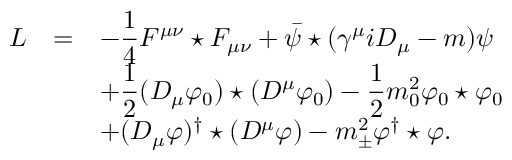
\begin{array} { r c l } { { { \cal L } } } & { { = } } & { { \displaystyle - \frac { 1 } { 4 } F ^ { \mu \nu } \star F _ { \mu \nu } + \bar { \psi } \star ( \gamma ^ { \mu } i D _ { \mu } - m ) \psi } } \\ { { } } & { { } } & { { \displaystyle + \frac { 1 } { 2 } ( D _ { \mu } \varphi _ { 0 } ) \star ( D ^ { \mu } \varphi _ { 0 } ) - \frac { 1 } { 2 } m _ { 0 } ^ { 2 } \varphi _ { 0 } \star \varphi _ { 0 } } } \\ { { } } & { { } } & { { \displaystyle + ( D _ { \mu } \varphi ) ^ { \dagger } \star ( D ^ { \mu } \varphi ) - m _ { \pm } ^ { 2 } \varphi ^ { \dagger } \star \varphi . } } \end{array}